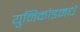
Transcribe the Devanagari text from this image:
युनिकोडमधे